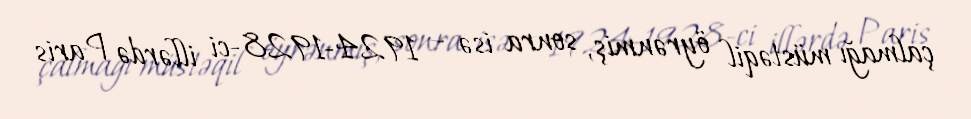
çalmağı müstəqil öyrənmiş, sonra isə – 1924-1928-ci illərdə Paris